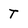
Character: T